Vaccination in Bombay 1869-1873 - 1869-1873
Year: 1869
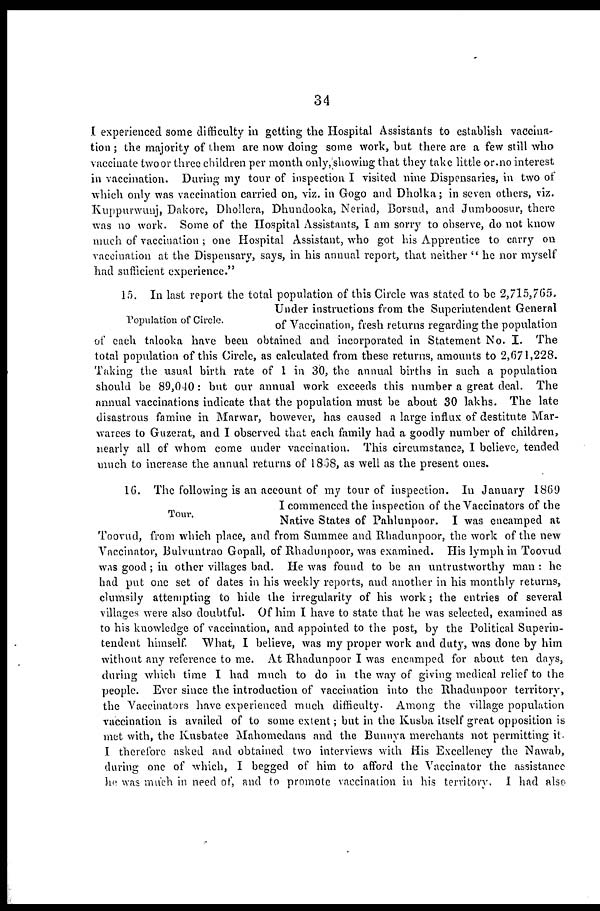
34
I experienced some difficulty in getting the Hospital Assistants to establish vaccina-
tion ; the majority of them are now doing some work, but there are a few still who
vaccinate two or three children per month only,showing that they take little or.no interest
in vaccination. During my tour of inspection I visited nine Dispensaries, in two of
which only was vaccination carried on, viz. in Gogo and Dholka; in seven others, viz.
Kuppurwunj, Dakore, Dhollera, Dhundooka, Neriad, Borsud, and Jumboosur, there
was no work. Some of the Hospital Assistants, I am sorry to observe, do not know
much of vaccination ; one Hospital Assistant, who got his Apprentice to carry on
vaccination at the Dispensary, says, in his annual report, that neither " he nor myself
had sufficient experience."
Population of Circle.
15. In last report the total population of this Circle was stated to be 2,715,765.
Under instructions from the Superintendent General
of Vaccination, fresh returns regarding the population
of each talooka have been obtained and incorporated in Statement No. I. The
total population of this Circle, as calculated from these returns, amounts to 2,671,228.
Taking the usual birth rate of 1 in 30, the annual births in such a population
should be 89,040 : but our annual work exceeds this number a great deal. The
annual vaccinations indicate that the population must be about 30 lakhs. The late
disastrous famine in Marwar, however, has caused a large influx of destitute Mar-
warees to Guzerat, and I observed that each family had a goodly number of children,
nearly all of whom come under vaccination. This circumstance, I believe, tended
much to increase the annual returns of 1868, as well as the present ones.
Tour.
16. The following is an account of my tour of inspection. In January 1869
I commenced the inspection of the Vaccinators of the
Native States of Pahlunpoor. I was encamped at
Toovud, from which place, and from Summee and Rhadunpoor, the work of the new
Vaccinator, Bulvuntrao Gopall, of Rhadunpoor, was examined. His lymph in Toovud
WAS good ; in other villages bad. He was found to be an untrustworthy man : he
had put one set of dates in his weekly reports, and another in his monthly returns,
clumsily attempting to hide the irregularity of his work; the entries of several
villages were also doubtful. Of him I have to state that he was selected, examined as
to his knowledge of vaccination, and appointed to the post, by the Political Superin-
tendent himself. What, I believe, was my proper work and duty, was done by him
without any reference to me. At Rhadunpoor I was encamped for about ten days,
during which time I had much to do in the way of giving medical relief to the
people. Ever since the introduction of vaccination into the Rhadunpoor territory,
the Vaccinators have experienced much difficulty. Among the village population
vaccination is availed of to some extent ; but in the Kusba itself great opposition is
met with, the Kusbatee Mahomedans and the Bunnya merchants not permitting it-
I therefore asked and obtained two interviews with His Excellency the Nawab,
during one of which, I begged of him to afford the Vaccinator the assistance
he was much in need of, and to promote vaccination in his territory. I had also